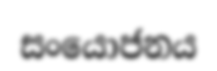
සංයොජනය